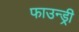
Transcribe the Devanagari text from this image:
फाउन्ड्री